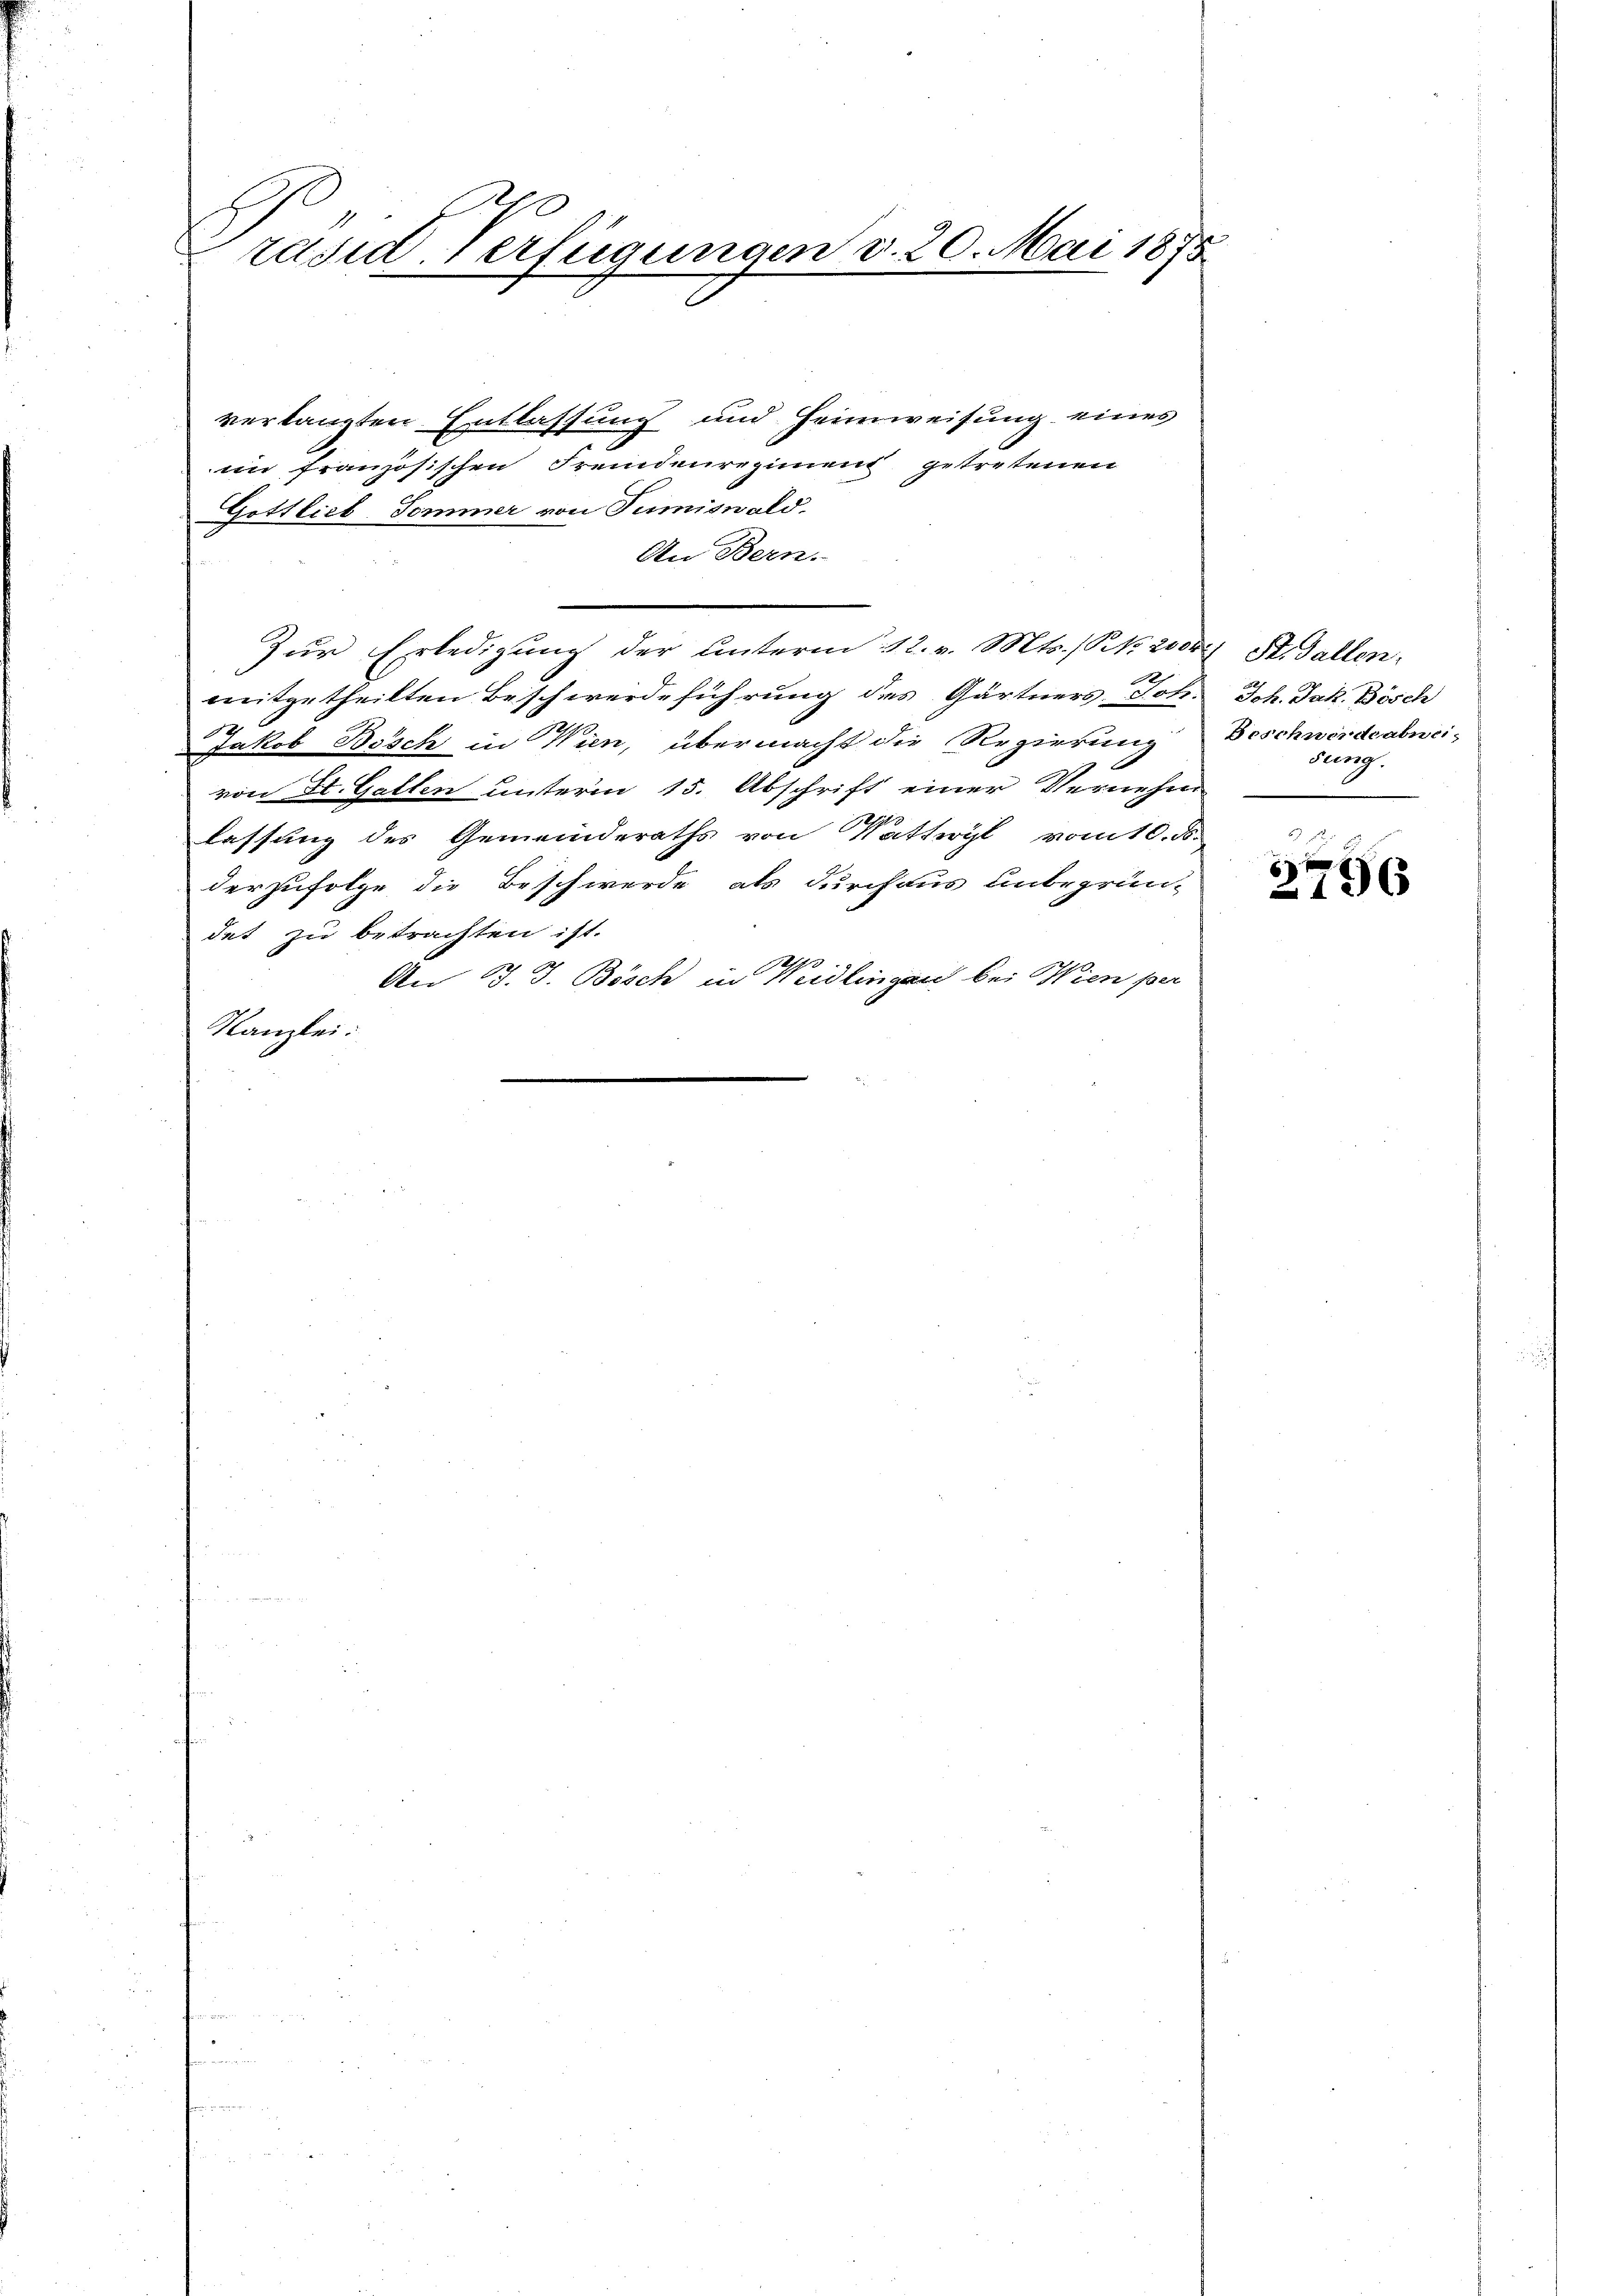
rasid Verfügungen d. 20. Mai 1875

verlangten Entlassung und Heimweisung eines
e
im französischen Fremdenregiment getretenen
Gottlieb-Sommer von Tumiswald.
An Bern.
Zur Erledigung der unterm 12. v. Mts. / K.k. Wort St. Gallen,
2
mitgetheilten Beschwerdeführung des Gärtners Joh. Joh. Jak. Bösch
12
Jakob Bösch in Wien, übermacht die Regierung
von St. Galten unterm 15. Abschrift einer Vernehm
29
lassung des Gemeinderaths von Wattwyl vom 10. d.
derzufolge die Beschwerde als durchaus Unbegrün-
det zu betrachten ist.
19
An J. J. Bösch in Heidlingen bei Wien per
Kanzlei:

Beschwerdeabuci-
sung.

5 x
196